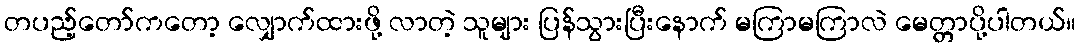
တပည့်တော်ကတော့ လျှောက်ထားဖို့ လာတဲ့ သူများ ပြန်သွားပြီးနောက် မကြာမကြာလဲ မေတ္တာပို့ပါတယ်။